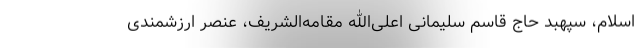
اسلام، سپهبد حاج قاسم سلیمانی اعلی‌الله مقامه‌الشریف، عنصر ارزشمندی